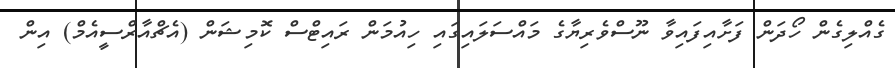
ގެއްލިގެން ހޯދަން ފަށާއިފައިވާ ނޫސްވެރިޔާގެ މައްސަލައިގައި ހިއުމަން ރައިޓްސް ކޮމިޝަން (އެޗްއާރްސީއެމް) އިން